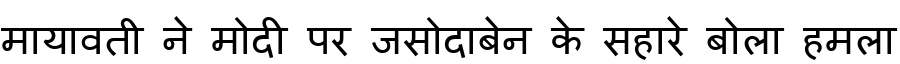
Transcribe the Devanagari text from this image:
मायावती ने मोदी पर जसोदाबेन के सहारे बोला हमला